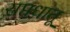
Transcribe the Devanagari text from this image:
सप्तधातू